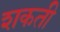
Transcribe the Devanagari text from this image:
शकती